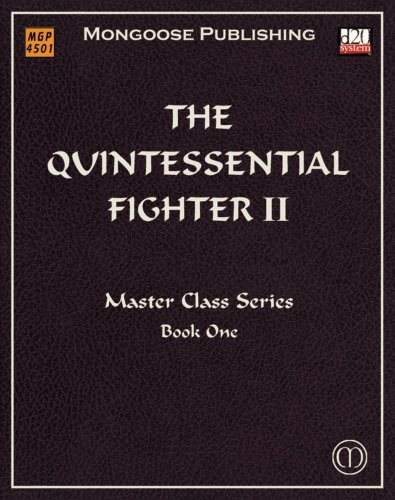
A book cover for The Quintessential Fighter II: Advanced Tactics (Dungeons & Dragons d20 3.5 Fantasy Roleplaying); Alejandro Melchor; Science Fiction & Fantasy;